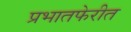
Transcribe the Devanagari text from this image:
प्रभातफेरीत